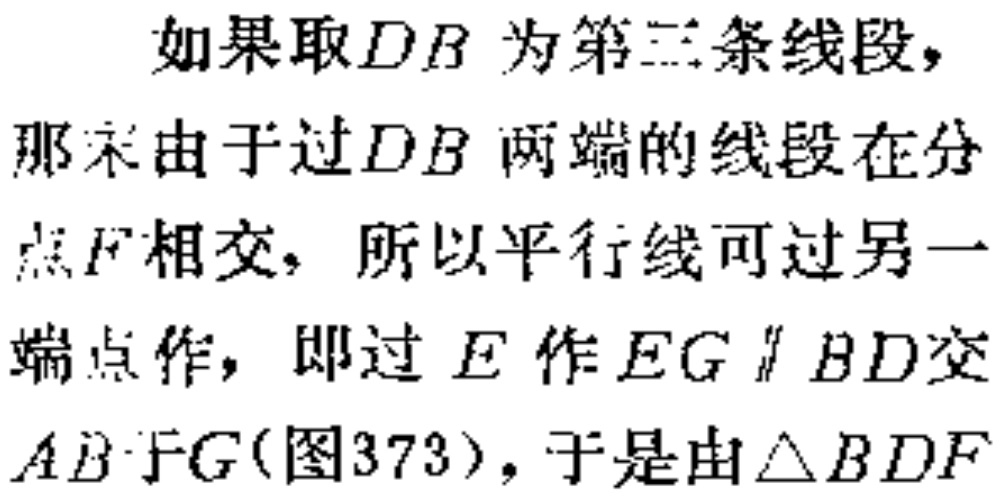
如果取\(DB\)为第二条线段，
那么由于过\(DB\)两端的线段在分
点\(F\)相交，所以平行线可过另一
端点作，即过\(E\)作\(EG \parallel BD\)交
\(AB\)于\(G\)(图373)，于是由\(\triangle BDF\)